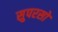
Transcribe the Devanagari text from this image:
सुपरसो